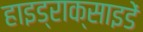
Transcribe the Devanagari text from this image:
हाइड्राक्साइडें